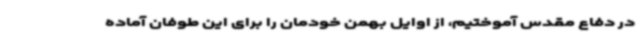
در دفاع مقدس آموختیم، از اوایل بهمن خودمان را برای این طوفان آماده